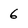
Character: 6